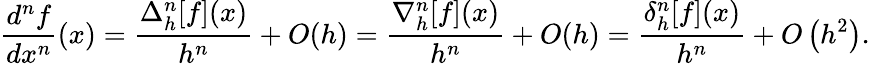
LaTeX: {\frac{d^{n}f}{dx^{n}}}(x)={\frac{\Delta_{h}^{n}[f](x)}{h^{n}}}+O(h)={\frac{\nabla_{h}^{n}[f](x)}{h^{n}}}+O(h)={\frac{\delta_{h}^{n}[f](x)}{h^{n}}}+O\left(h^{2}\right).